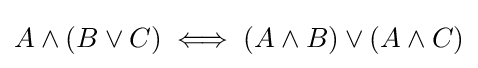
A\land (B\lor C)\iff (A\land B)\lor (A\land C)